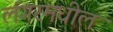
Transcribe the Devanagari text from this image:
लंगरमधील